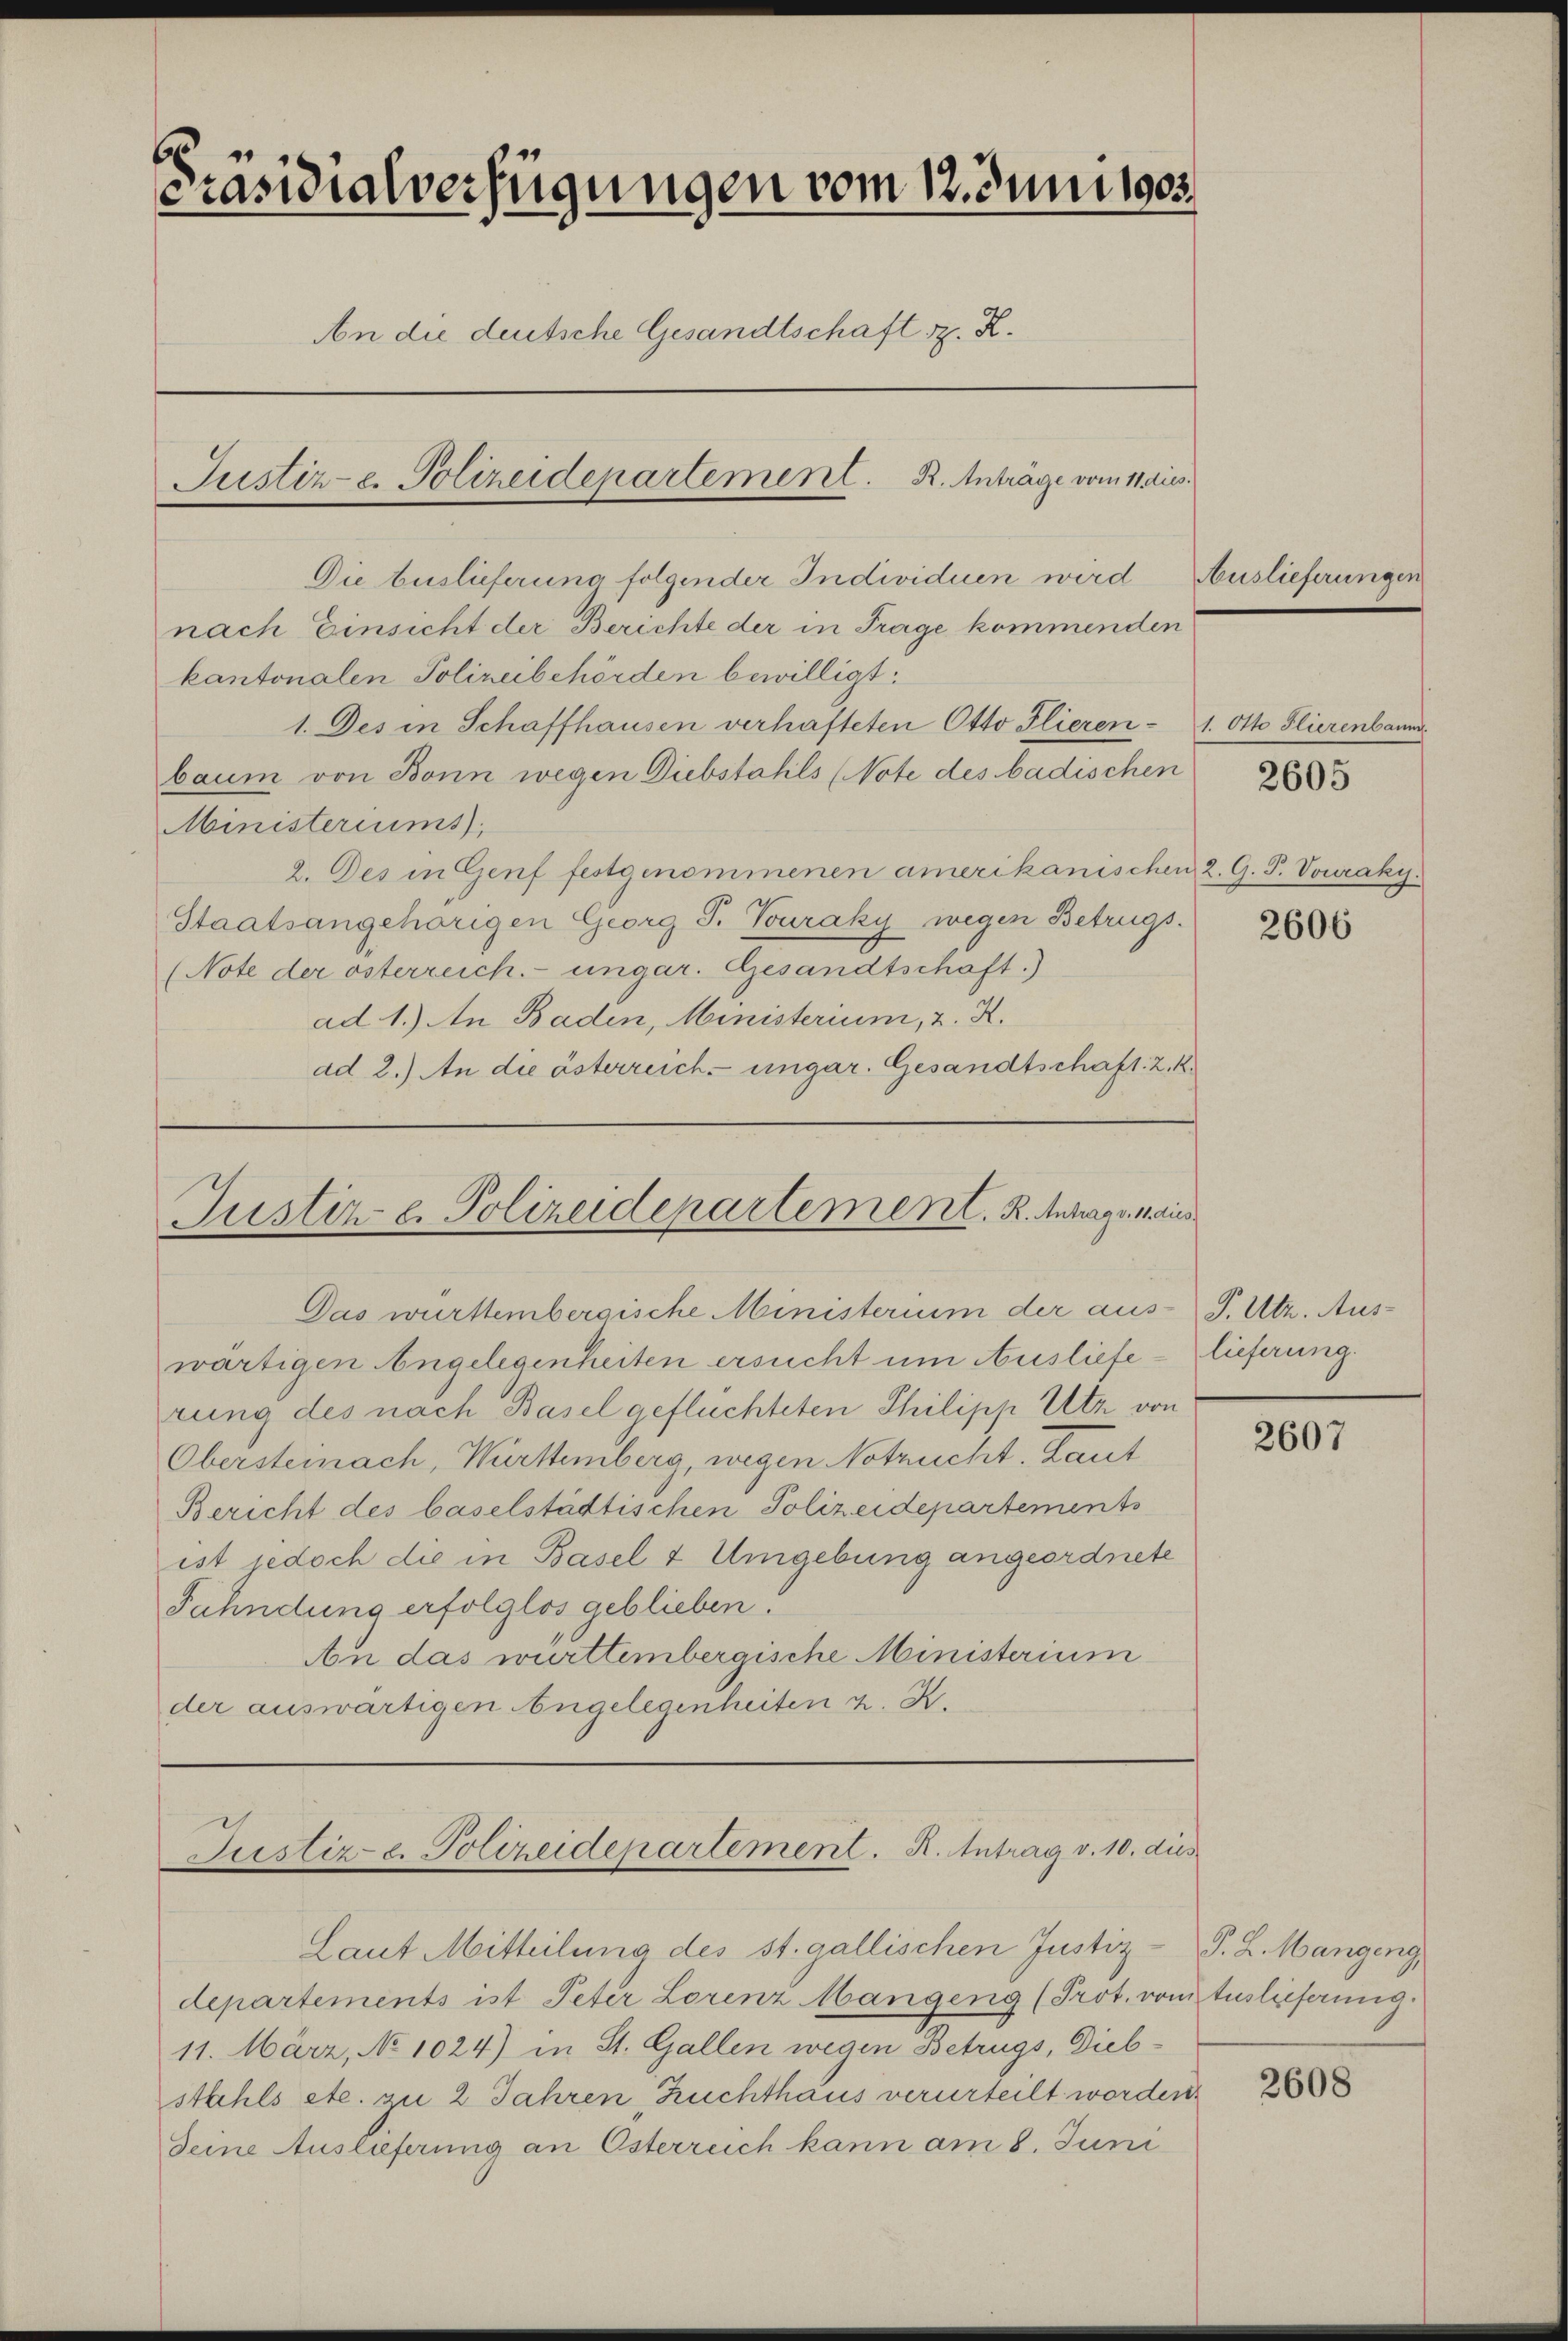
6
Präsidialverfügungen vom 12. Juni 1905.
An die deutsche Gesandtschaft z. R.
Justiz-e. Polizeidepartement. R. Anträge vom 11. dies

Die buslieferung folgender Individuen wird
nach Einsicht der Berichte der in Frage kommenden
kantonalen Polizeibehörden bewilligt.
1. Des in Schaffhausen verhafteten Otto Flieren - 1. Otto Flierenbaum
baum von Bonn wegen Diebstahls (Note des badischen
Ministeriums
2. Des in Genf festgenommenen amerikanischen 2. G. P. Vouraky.
Staatsangehörigen Georg P. Touraky wegen Betrugs.
(Note der österreich. ungar. Gesandtschaft.)
ad 1.) An Baden, Ministerium, 2. R.
ad 2.) An die österreich ungar. Gesandtschaft. Z. 4.

Justiz- u. Polizeidepartement. K. Antrags mais
Das württembergische Ministerium der aus- P. Utz. Aus-

wärtigen Angelegenheiten ersucht um Auslieferung des nach Basel gefluchteten Philipp Utz von
Obersteinach, Württemberg, wegen Notzucht. Sat
Bericht des baselstädtischen Polizeidepartements
ist jedoch die in Basel & Umgebung angeordnete
Fahndung erfolglos geblieben.
An das württembergische Ministerium
der auswärtigen Angelegenheiten z. K.

Justiz u. Polizeidepartement. R. Antrag v. 10. dies
Laut Mitteilung des st. gallischen Justiz-

departements ist Peter Lorenz Mangeng (Prot. vom Auslieferung.
11. März, No 1024) in St. Gallen wegen Betrugs, Dieb-
stahls etc. zu 2 Jahren, Zuchthaus verurteilt worden.
Deine Auslieferung an Österreich kann am 8. Juni

Auslieferungen

2605

2606

lieferung.

2607

P. Z. Mangeng

2608